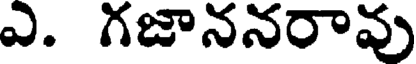
ఎ. గజాననరావు